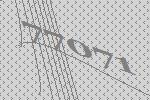
77071